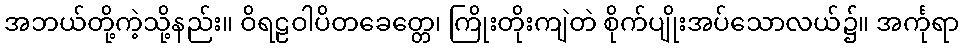
အဘယ်တို့ကဲ့သို့နည်း။ ဝိရဠဝါပိတခေတ္တေ၊ ကြိုးတိုးကျဲတဲ စိုက်ပျိုးအပ်သောလယ်၌။ အင်္ကုရာ